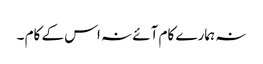
نہ ہمارے کام آئے نہ اس کے کام ۔